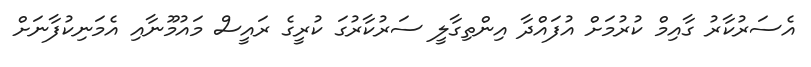
އެސަރުކާރު ގާއިމް ކުރުމަށް އުފައްދާ އިންތިގާލީ ސަރުކާރުގަ ކުރީގެ ރައީސް މައުމޫނާއި އެމަނިކުފާނަށް